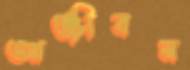
আঞ্জীবন